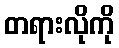
တရားလိုကို